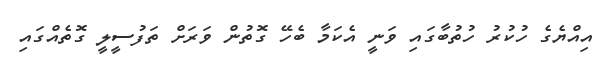
އިއްޔެގެ ހުކުރު ހުތުބާގައި ވަނީ އެކަމާ ބެހޭ ގޮތުން ވަރަށް ތަފުސީލީ ގޮތެއްގައި